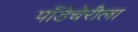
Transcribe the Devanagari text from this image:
पाँडेचेरीला